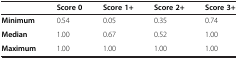
<table><thead><tr><td><b> </b></td><td><b>Score 0</b></td><td><b>Score 1+</b></td><td><b>Score 2+</b></td><td><b>Score 3+</b></td></tr></thead><tbody><tr><td><b>Minimum</b></td><td>0.54</td><td>0.05</td><td>0.35</td><td>0.74</td></tr><tr><td><b>Median</b></td><td>1.00</td><td>0.67</td><td>0.52</td><td>1.00</td></tr><tr><td><b>Maximum</b></td><td>1.00</td><td>1.00</td><td>1.00</td><td>1.00</td></tr></tbody></table>